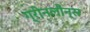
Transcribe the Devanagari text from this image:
ग्रीनलौन्स